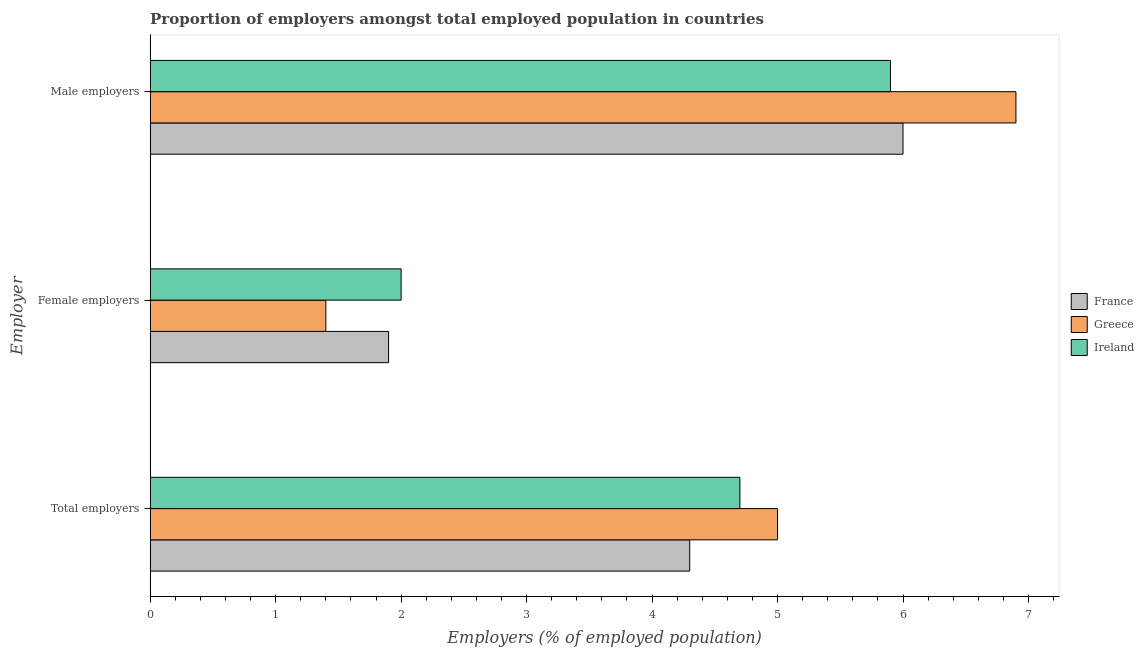
| Employer | France | Greece | Ireland |
 | --- | --- | --- | --- |
 | Total employers | 4.3 | 5 | 4.7 |
 | Female employers | 1.9 | 1.4 | 2 |
 | Male employers | 6 | 6.9 | 5.9 |